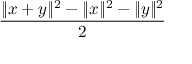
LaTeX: \frac { \| x + y \| ^ { 2 } - \| x \| ^ { 2 } - \| y \| ^ { 2 } } { 2 }